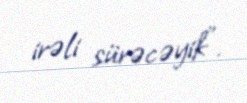
irəli sürəcəyik”.